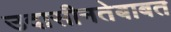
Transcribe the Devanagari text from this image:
उदासीनतेबाबत